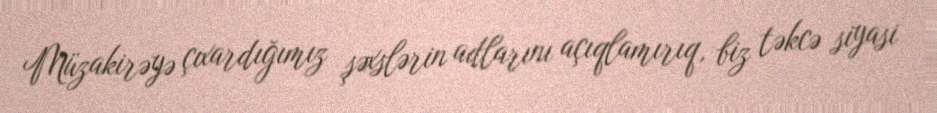
Müzakirəyə çıxardığımız şəxslərin adlarını açıqlamırıq, biz təkcə siyasi